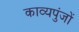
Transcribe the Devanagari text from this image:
काव्यपुंजों